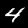
Label: 4